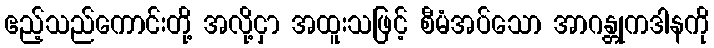
ဧည့်သည်ကောင်းတို့ အလို့ငှာ အထူးသဖြင့် စီမံအပ်သော အာဂန္တုကဒါနကို